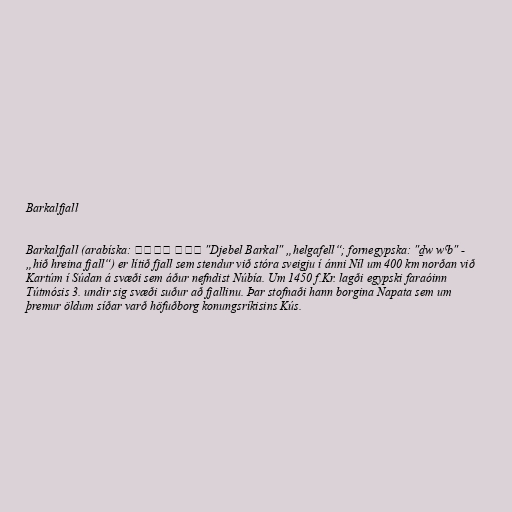
Barkalfjall

Barkalfjall (arabíska: ‏جبل بركل‎ "Djebel Barkal" „helgafell“; fornegypska: "ḏw wˁb" -
„hið hreina fjall“) er lítið fjall sem stendur við stóra sveigju í ánni Níl um 400 km norðan við
Kartúm í Súdan á svæði sem áður nefndist Núbía. Um 1450 f.Kr. lagði egypski faraóinn
Tútmósis 3. undir sig svæði suður að fjallinu. Þar stofnaði hann borgina Napata sem um
þremur öldum síðar varð höfuðborg konungsríkisins Kús.